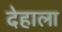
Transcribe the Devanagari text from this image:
देहाला